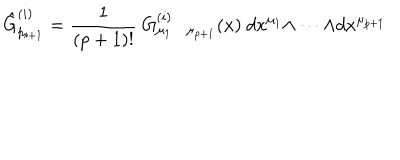
\hat { G } _ { p _ { i + 1 } } ^ { ( i ) } = { \frac { 1 } { ( p + 1 ) ! } } \ G _ { \mu _ { 1 } \cdots \mu _ { p + 1 } } ^ { ( i ) } ( x ) \ d x ^ { \mu _ { 1 } } { \wedge \cdots \wedge } d x ^ { \mu _ { p + 1 } }